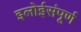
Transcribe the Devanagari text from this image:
इलोईसंपूर्ण